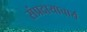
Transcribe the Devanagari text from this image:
संप्रदायाचार्य